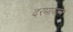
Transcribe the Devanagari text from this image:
दरमायान